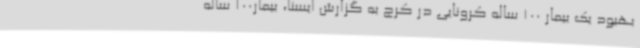
بهبود یک بیمار 100 ساله کرونایی در کرج به گزارش ایسنا، بیمار100 ساله